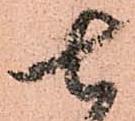
七